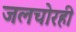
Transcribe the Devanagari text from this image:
जलचोरही